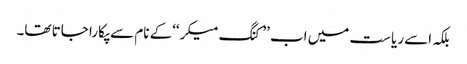
بلکہ اسے ریاست میں اب ’’کنگ میکر‘‘کے نام سے پکارا جاتا تھا۔